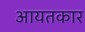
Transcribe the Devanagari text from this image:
आयतकार